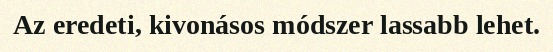
Az eredeti, kivonásos módszer lassabb lehet.